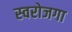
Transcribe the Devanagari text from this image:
स्‍वरोजगा